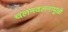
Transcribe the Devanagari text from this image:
चलनवलनामुळे